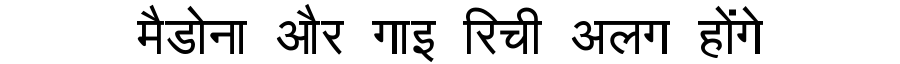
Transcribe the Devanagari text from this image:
मैडोना और गाइ रिची अलग होंगे